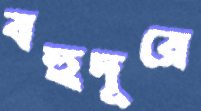
বহুদূরে